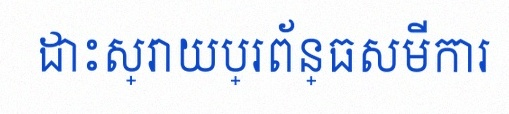
ដោះស្រាយប្រព័ន្ធសមីការ